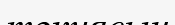
тәкиясын